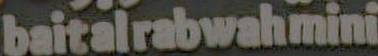
baitalrabwahmini